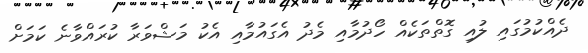
ދެއްކުމުގައި ލުއި ގޮޮތްތަކެއް ހޯދުމާއި މެދު އެގައުމާއި އެކު މަޝްވަރާ ކުރައްވާނެ ކަމަށް